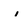
Character: i